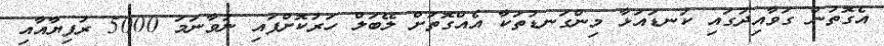
އެގޮތުން ގަވާއިދުގައި ކަނޑައަޅާ މިންގަނޑުތަކާ އެއްގޮތަށް ލޭބަލް ހަރުކޮށްފައި ނުވާނަމަ 5000 ރުފިޔާއާއި